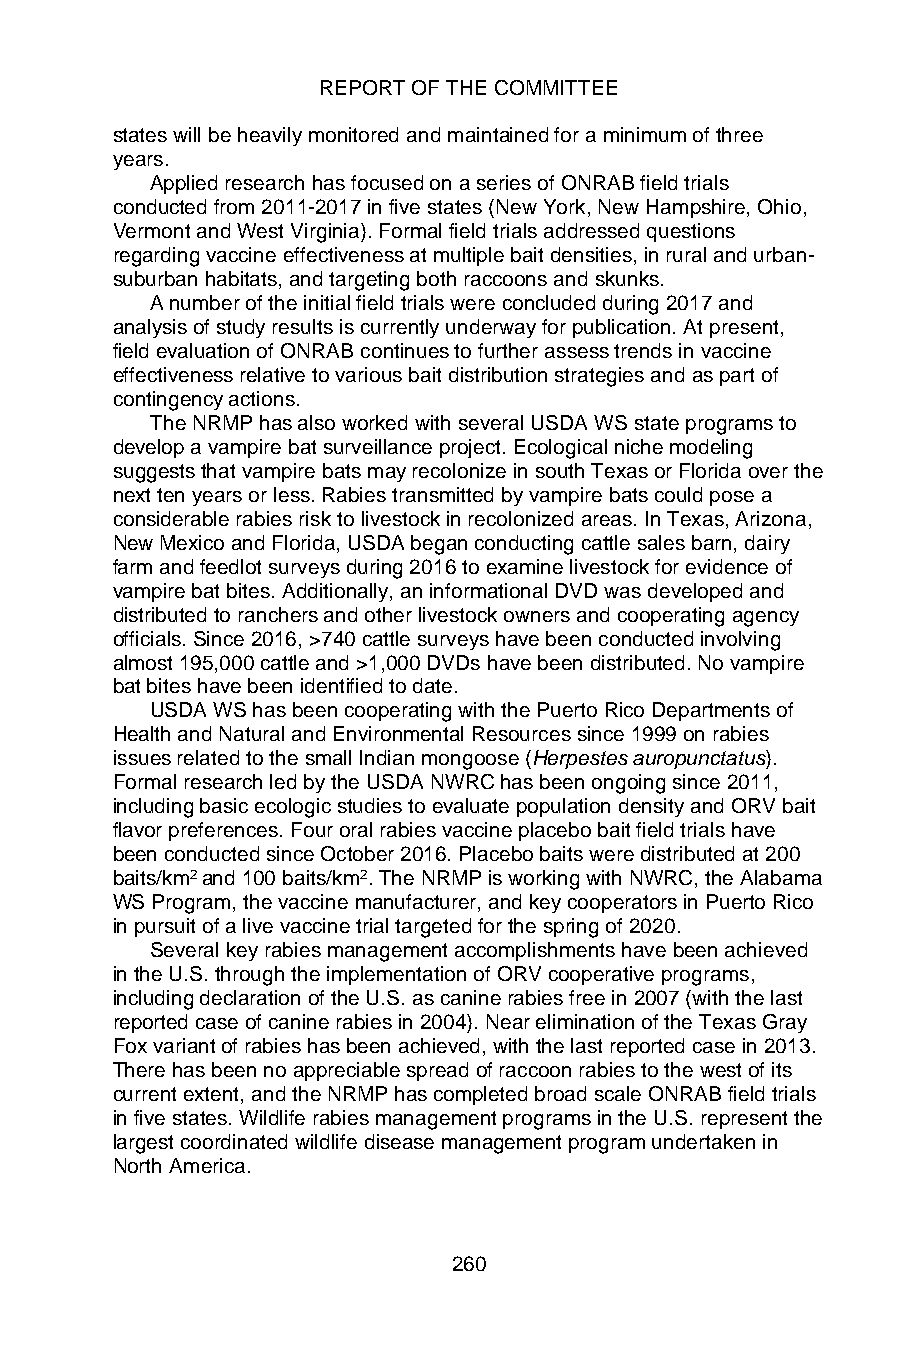
REPORT OF THE COMMITTEE
 states will be heavily monitored and maintained for a minimum of three
 years.
 Applied research has focused on a series of ONRAB field trials
 conducted from 2011-2017 in five states (New York, New Hampshire, Ohio,
 Vermont and West Virginia). Formal field trials addressed questions
 regarding vaccine effectiveness at multiple bait densities, in rural and urban-
 suburban habitats, and targeting both raccoons and skunks.
 A number of the initial field trials were concluded during 2017 and
 analysis of study results is currently underway for publication. At present,
 field evaluation of ONRAB continues to further assess trends in vaccine
 effectiveness relative to various bait distribution strategies and as part of
 contingency actions.
 The NRMP has also worked with several USDA WS state programs to
 develop a vampire bat surveillance project. Ecological niche modeling
 suggests that vampire bats may recolonize in south Texas or Florida over the
 next ten years or less. Rabies transmitted by vampire bats could pose a
 considerable rabies risk to livestock in recolonized areas. In Texas, Arizona,
 New Mexico and Florida, USDA began conducting cattle sales barn, dairy
 farm and feedlot surveys during 2016 to examine livestock for evidence of
 vampire bat bites. Additionally, an informational DVD was developed and
 distributed to ranchers and other livestock owners and cooperating agency
 officials. Since 2016, >740 cattle surveys have been conducted involving
 almost 195,000 cattle and >1,000 DVDs have been distributed. No vampire
 bat bites have been identified to date.
 USDA WS has been cooperating with the Puerto Rico Departments of
 Health and Natural and Environmental Resources since 1999 on rabies
 issues related to the small Indian mongoose (Herpestes auropunctatus).
 Formal research led by the USDA NWRC has been ongoing since 2011,
 including basic ecologic studies to evaluate population density and ORV bait
 flavor preferences. Four oral rabies vaccine placebo bait field trials have
 been conducted since October 2016. Placebo baits were distributed at 200
 baits/km2 and 100 baits/km2. The NRMP is working with NWRC, the Alabama
 WS Program, the vaccine manufacturer, and key cooperators in Puerto Rico
 in pursuit of a live vaccine trial targeted for the spring of 2020.
 Several key rabies management accomplishments have been achieved
 in the U.S. through the implementation of ORV cooperative programs,
 including declaration of the U.S. as canine rabies free in 2007 (with the last
 reported case of canine rabies in 2004). Near elimination of the Texas Gray
 Fox variant of rabies has been achieved, with the last reported case in 2013.
 There has been no appreciable spread of raccoon rabies to the west of its
 current extent, and the NRMP has completed broad scale ONRAB field trials
 in five states. Wildlife rabies management programs in the U.S. represent the
 largest coordinated wildlife disease management program undertaken in
 North America.
 260